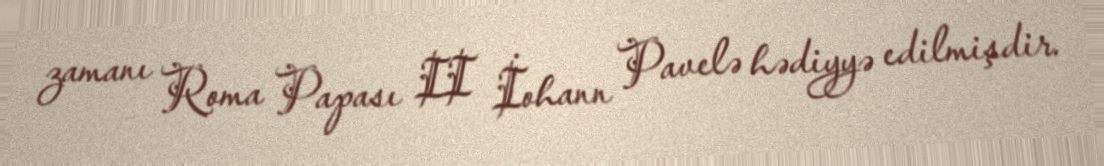
zamanı Roma Papası II İohann Pavelə hədiyyə edilmişdir.